Vana-Antsla_vallavalitsus, lk 27
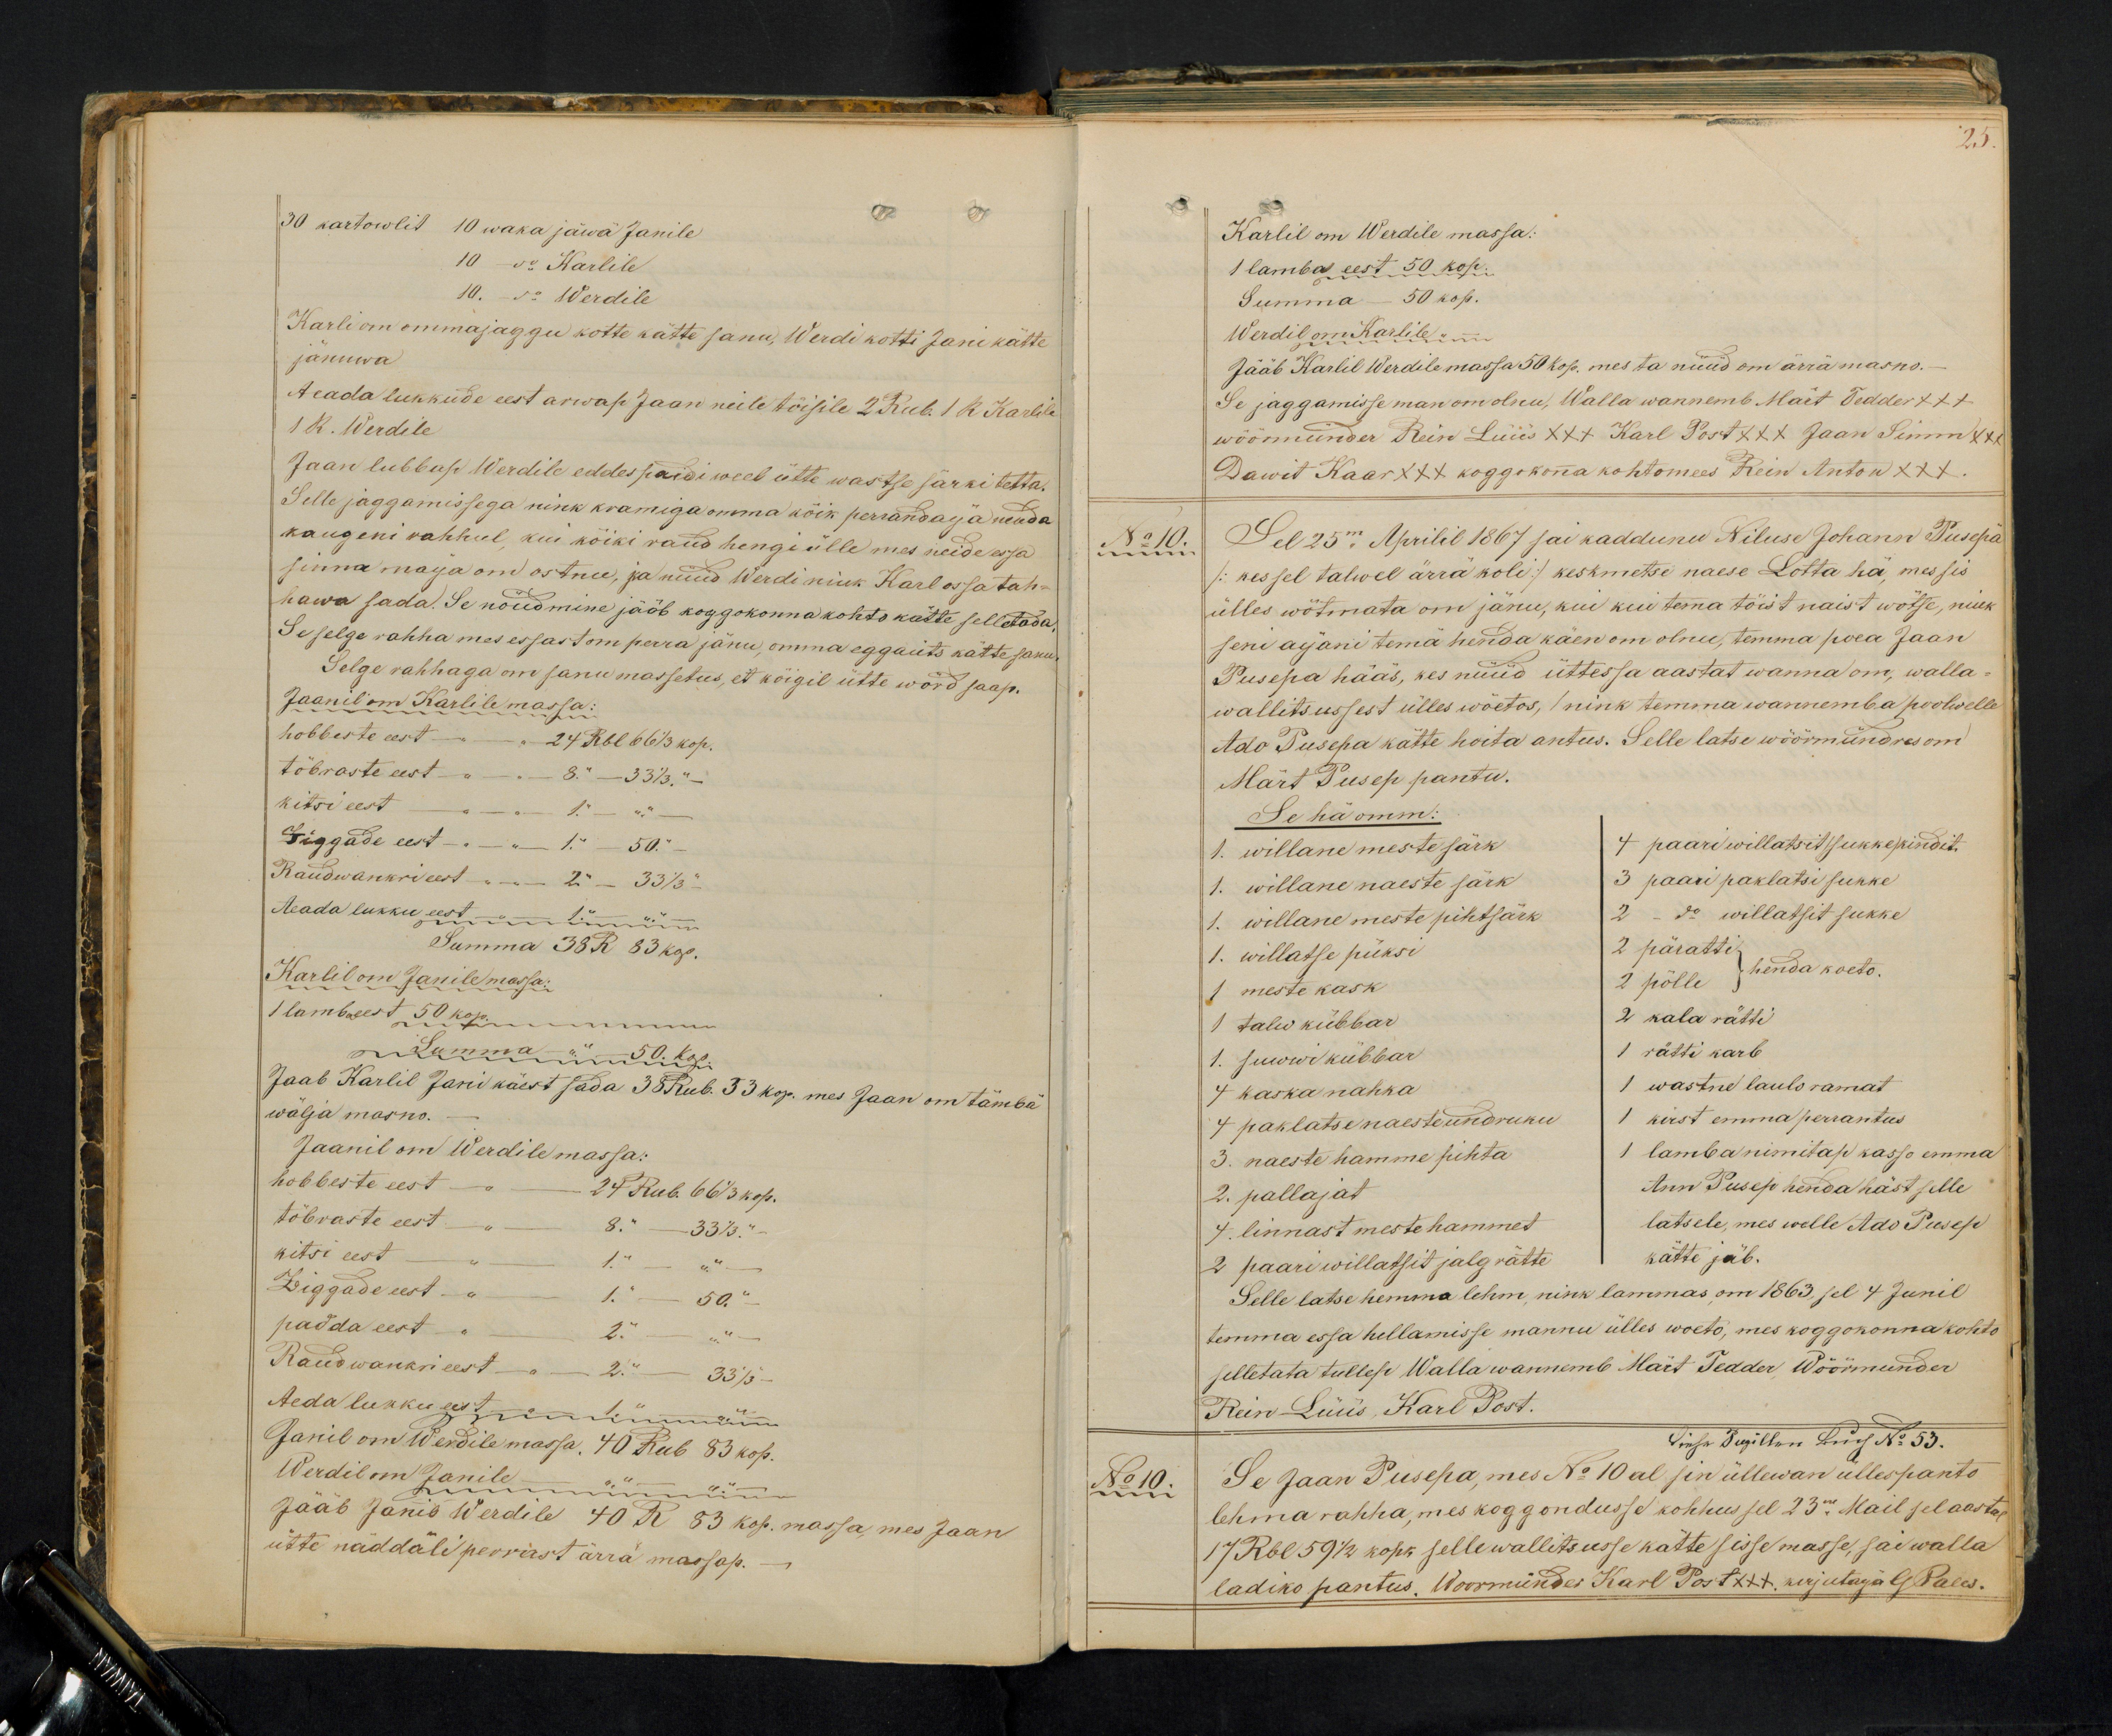
30 kartowlit 10 waka jäwä Janile
10 - do Karlile
10. - do Werdile
Karli om ommajaggu kotte kätte sanu, Werdi kotti Jani kätte
jänuwa
teada lukkude eest arwap Jaan neile tõisile 2 Rub. 1 k Karlile
1 k. Werdile
Jaan lubbap Werdile eddespaidi weel ütte wastse särki tetta.
Selle jaggamissega nink kramiga omma kõik perrandaja nenda
kaugeni rahhul, kui kõiki raud hengi ülle mes neide essa
sinna maija om ostnu, ja nüüd Werdi nink Karl ossa tah-
hawa sada. Se nöudmine jääb koggokonna kohto kätte selletada
Se selge rahha mes essast on perra jänu, omma eggaüts kätte sanu.
Selge rahhaga om sanu massetus, et köigil ütte wörd saap.
Jaanil om Karlile massa:
hobbeste eest - " - 24 Rbl 66 1/3 kop.
tõbraste eest - " 8. " - 33 1/3. " -
kitsi eest - " 1 " - " " -
Siggade eest - " 1 " - 50. " -
Raudwankri eest - 2 - 33 1/3 "
Aeada lukku eest 1. " - " " -
Summa 38 R 83 kop.
Karlil om Janile massa:
1 lamba eest 50 kop. muu
Summa - " - 50 kop.
wälja masno.
Jaab Karlil Jani käest sada 35 Rub. 33 kop. mes Jaan om tämba
Jaanil om Werdile massa:
hobbeste eest - 24 Rub. 66 1/3 kop.
tõbraste eest - 8. " - 33 1/3. “
kitsi eest - " 1. " - "
Ziggade eest - 1. " - 50.
padda eest - 2 " - "
Raudwankri eest - 2. " - 33 1/3.
Aeda lukku eesti - " - 1. " - " -
Janil om Werdile massa. 40 Rub 83 kop.
Werdil on Janile - " - " -
Jääb Janil Werdile 40 R 83 kop. massa, mes Jaan
ütte näddäli perrast ärrä massap.

25.
Karlil on Werdile massa:
1 lamba eest 50 kop.
Summa - 50 kop.
Werdil om Karlile "
Jääb Karlil Werdile massa 50 kop. mes ta nüüd om ärrä masno.
Se jaggamisse man om olnu, Walla wannemb Märt Tedder +++
wöörmünder Rein Lüüs XXX Karl Post XXX Jaan Simm x
Dawit Kaar XXX koggokonna kohtomees Rein Anton XXX
No 10.
Sel 25m Aprilil 1867 sai kaddunu Niluse Johann Pusepä
/:kes sel talwel ärra koli:/ keskmetse naese Lotta hä, mes sis
ülles wõtmata om jänu, kui kui temma tõist naist wötse, nink
seni ajani tema henda käen om olnu, temma poea Jaan
Pusepa hääs, kes nüüd üttessa aastat wanna om, walla-
wallitsussest ülles wöetos, / nink temma wannemba poolwelle
Ado Pusepa kätte hoita antus. Selle latse wöörmündres om
Märt Pusep pantu.
Se hä omm:
1. willane meste särk
4 paari willatsit (sukke)kindit
1. willane naeste särk
3 paari paklatsi sukke
1. willane meste pihtsärk.
2 - do willatsit sukke
1. willatse püksi
2 päratti.
2 põlle henda koeto.
1 meste kask
1 talw kübbar
2 kala rätti
1. suwwi kübbar
1 rätti karb
4 kaska nahka
1 wastne laulo ramat
4 paklatse naeste undruku
1 kirst emma perrantus
3. naeste hamme pihta
1 lamba nimitap kasso emma
2. pallajat
Ann Pusep henda häst selle
4. linnast meste hammet
latsele, mes welle Ado Pusep
2 paari willatsit jalg rätte
kätte jäb.
Selle latse hemma lehm, nink lammas, om 1863, sel 4 Junil
temma essa hellamisse mannu ülles woeto, mes koggokonna kohto
selletata tullep Wallawannemb Märt Tedder Wöörmunder
Rein Lüüs, Karl Post.
No 10.
Se Jaan Pusepa, mes No 10 al sin üllewan üllespanto
lehma rahha, mes koggondusse kohhus sel 23m Mail sel aastal
17 Rbl 59 1/2 kopk selle wallitsusse kätte sisse masse, sai walla
ladiko pantus. Woormündes Karl Post +++. kirjutaja G Pales.